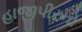
હાજીપીરનો